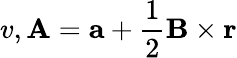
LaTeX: v,\mathbf{A}=\mathbf{a}+\frac{1}{2}\mathbf{B}\times\mathbf{r}